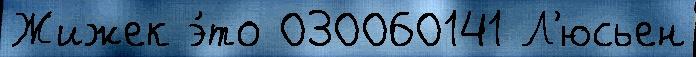
Жижек э́то 030060141 Л'юсьен